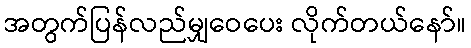
အတွက်ပြန်လည်မျှဝေပေး လိုက်တယ်နော်။